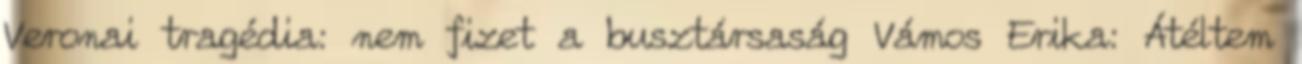
Veronai tragédia: nem fizet a busztársaság Vámos Erika: Átéltem